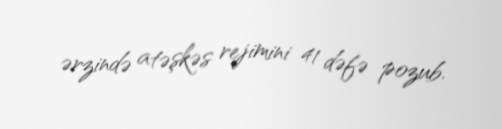
ərzində atəşkəs rejimini 41 dəfə pozub.